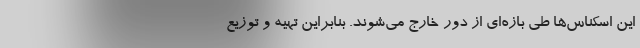
این اسکناس‌ها طی بازه‌ای از دور خارج می‌شوند. بنابراین تهیه و توزیع